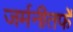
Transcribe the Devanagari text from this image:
जर्मनीतर्फे